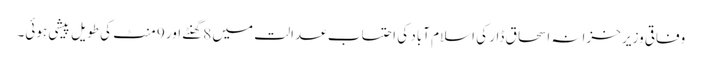
وفاقی وزیر خزانہ اسحاق ڈار کی اسلام آباد کی احتساب عدالت میں 8گھنٹے اور 9 منٹ کی طویل پیشی ہوئی۔